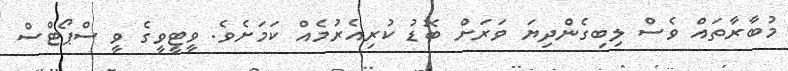
މުބާރާތައް ވެސް ލިބިގެންދިޔަ ވަރަށް ބޮޑު ކުރިއެރުމެއް ކަމަށެވެ. ވީޓީވީގެ ވީ ސްޕޯޓްސް